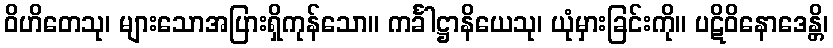
ဝိဟိတေသု၊ များသောအပြားရှိကုန်သော။ ကင်္ခါဋ္ဌာနိယေသု၊ ယုံမှားခြင်းကို။ ပဋိဝိနောဒေန္တိ၊